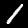
Digit: 1